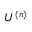
U ^ { ( n ) }